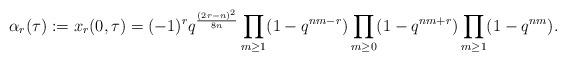
LaTeX: \begin{align*}\alpha_r(\tau):=x_r(0,\tau)=(-1)^r q^{\frac{(2r-n)^2}{8n}}\prod_{m \geq 1}(1-q^{nm-r})\prod_{m \geq 0}(1-q^{nm+r})\prod_{m \geq 1}(1-q^{nm}).\end{align*}